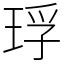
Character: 琈